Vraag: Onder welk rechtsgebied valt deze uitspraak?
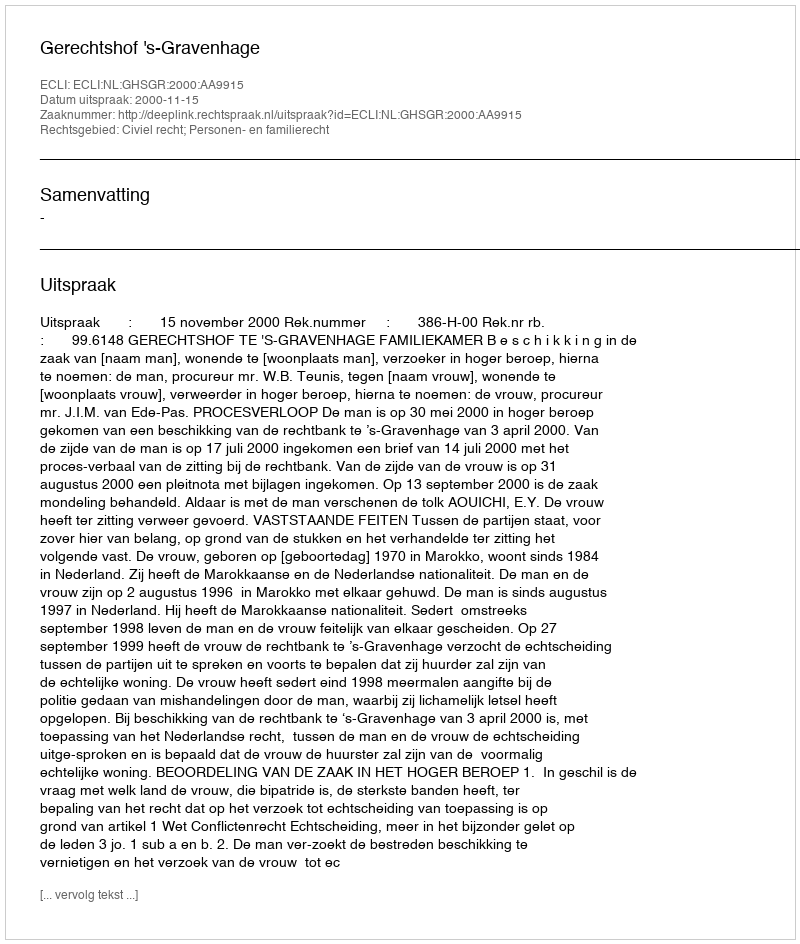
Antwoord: Civiel recht; Personen- en familierecht